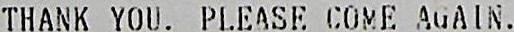
THANK YOU. PLEASE COME AGAIN.